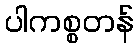
ပါကစ္စတန်